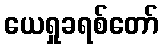
ယေရှုခရစ်တော်